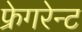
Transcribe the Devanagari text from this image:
फ्रेगरेन्ट